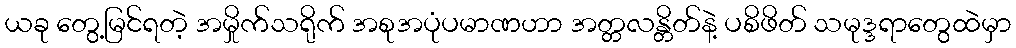
ယခု တွေ့မြင်ရတဲ့ အမှိုက်သရိုက် အစုအပုံပမာဏဟာ အတ္တလန္တိတ်နဲ့ ပစိဖိတ် သမုဒ္ဒရာတွေထဲမှာ